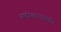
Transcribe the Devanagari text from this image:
बद्रीनाथजवळील